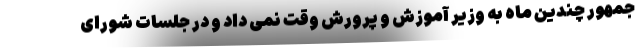
جمهور چندین ماه به وزیر آموزش و پرورش وقت نمی داد و در جلسات شورای